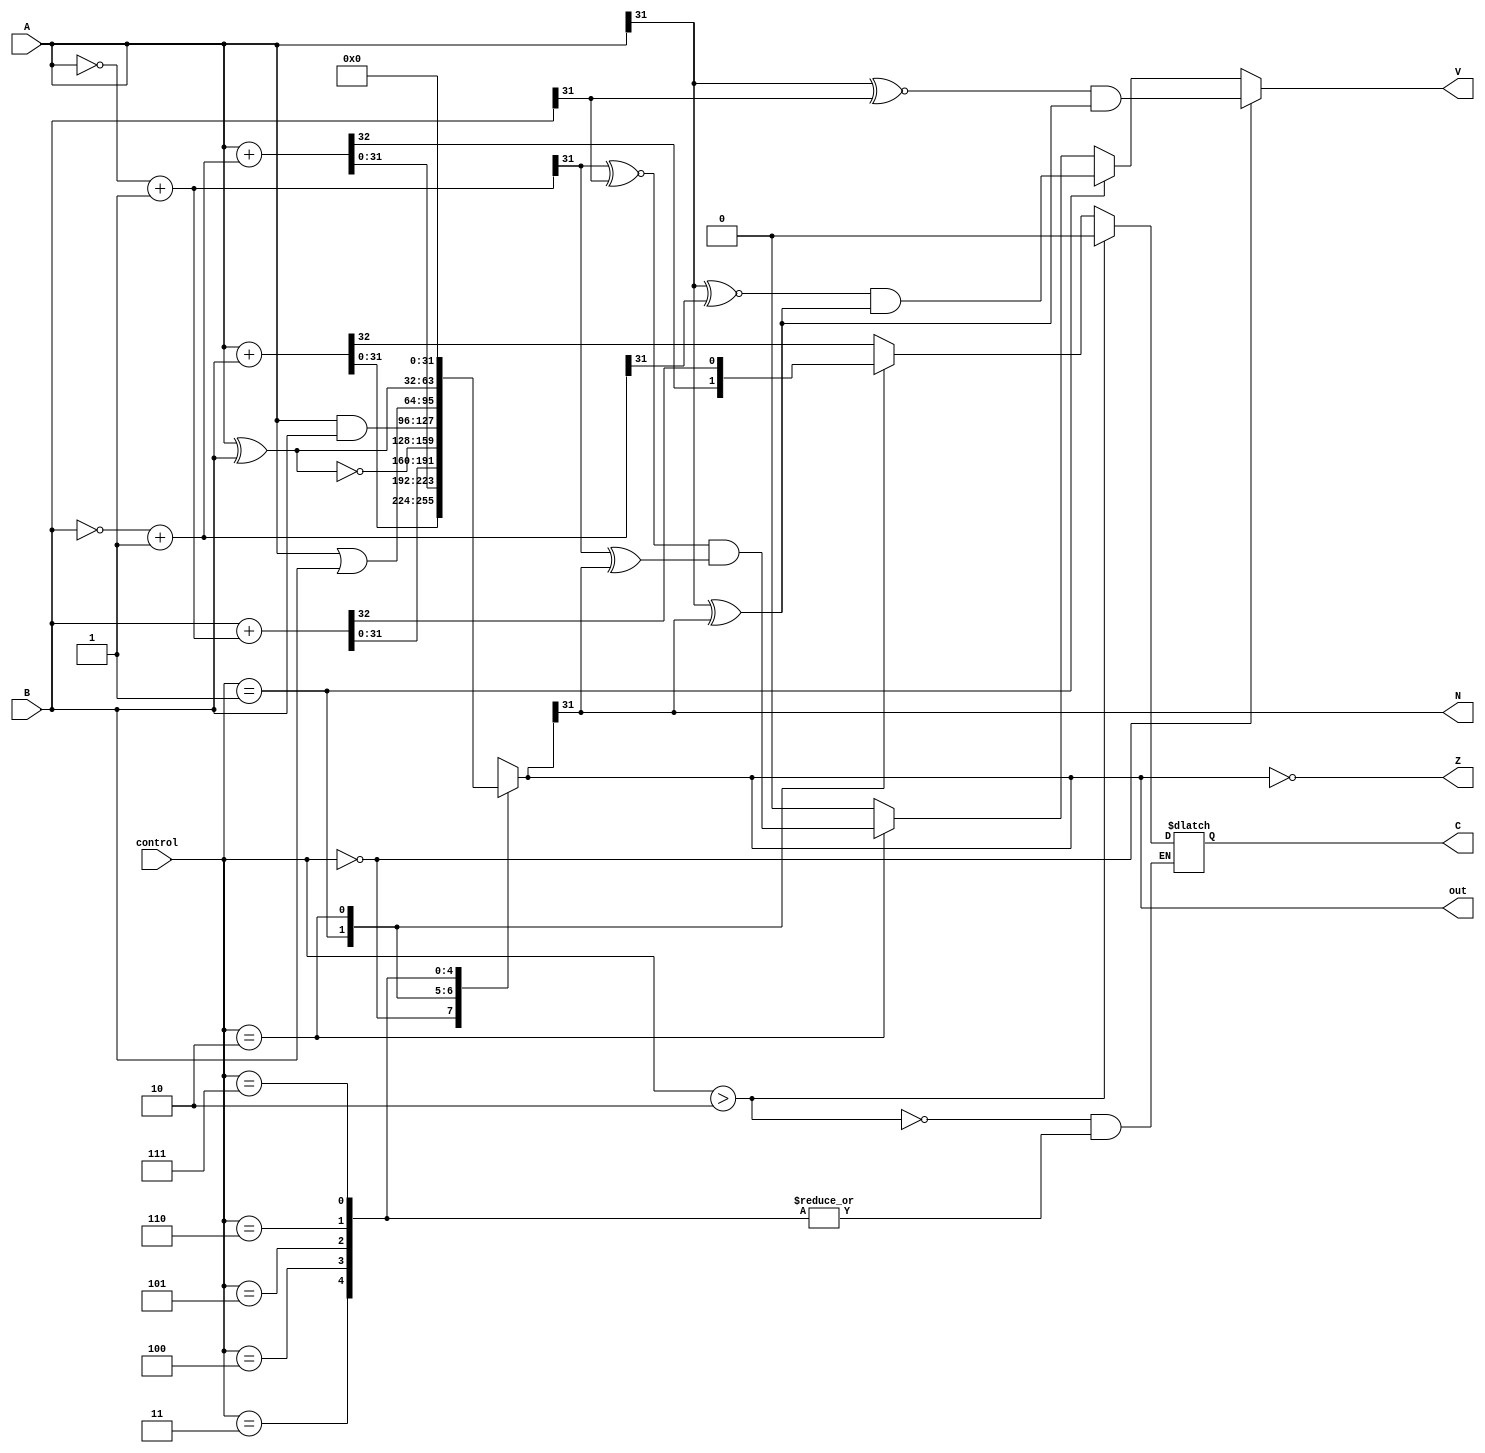
module ALU #(parameter W=32)(control, A, B, out, N, Z, C, V);
	input wire [(W-1):0] A,B;
	output reg [(W-1):0] out;
	input wire [2:0] control;
	output reg N,Z,C,V;
   wire [(W-1):0] B_comp, A_comp;
	assign B_comp = ~B+1;
	assign A_comp = ~A+1;
	always @(*)
		begin
			case(control)
			0:   
				 {C,out} = A + B ;
			1:   
				 {C,out} = A + B_comp;
			2:
				 {C,out} = B + A_comp;
			3:
				 out = ~(A ^ B);
			4:
				 out = A & B;
			5:
				 out = A | B;
			6:
				 out = A ^ B;
			7:
				 out = 8'b00000000;
				 
			endcase
		N = out[W-1];
		Z = (out==0);
		V = (control==2'b00) ? (A[W-1] ~^ B[W-1]) & (A[W-1] ^ out[W-1]):
			 (control==2'b01) ? (A[W-1] ~^ B_comp[W-1]) & (A[W-1] ^ out[W-1]):
			 (control==2'b10) ? (A_comp[W-1] ~^ B[W-1]) & (A_comp[W-1] ^ out[W-1]):
			 0;
		if(control>2) 
			C = 0; 
		end
	
endmodule